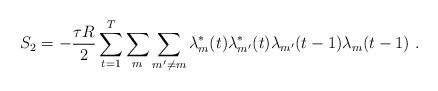
LaTeX: \begin{align*}S_2 =-\frac{\tau R}{2} \sum_{t=1}^T \sum_{m} \sum_{m'\neq m} \lambda^*_m(t) \lambda^*_{m'}(t) \lambda_{m'}(t-1) \lambda_m(t-1)\ .\end{align*}